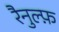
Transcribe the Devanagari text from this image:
रैनुल्फ़